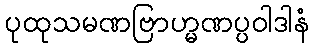
ပုထုသမဏဗြာဟ္မဏပ္ပဝါဒါနံ